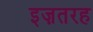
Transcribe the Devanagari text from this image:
इज़तरह